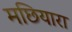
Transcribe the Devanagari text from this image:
मछियारा